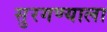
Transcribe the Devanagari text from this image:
सुरगण्याला